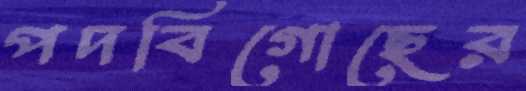
পদবিগোছের